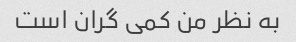
به نظر من کمی گران است